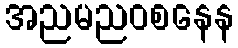
အညမညဝစနေန